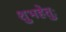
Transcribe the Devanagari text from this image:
शुभहेतुः